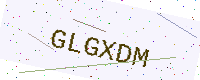
Text: GLGXDM